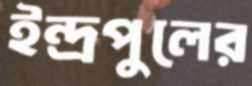
ইন্দ্রপুলের